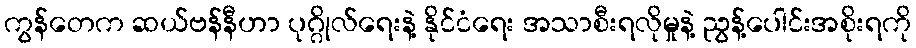
ကွန်တေက ဆယ်ဗန်နီဟာ ပုဂ္ဂိုလ်ရေးနဲ့ နိုင်ငံရေး အသာစီးရလိုမှုနဲ့ ညွန့်ပေါင်းအစိုးရကို